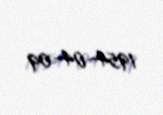
1954-04-09